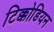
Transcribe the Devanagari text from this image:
टिक्कोडियन